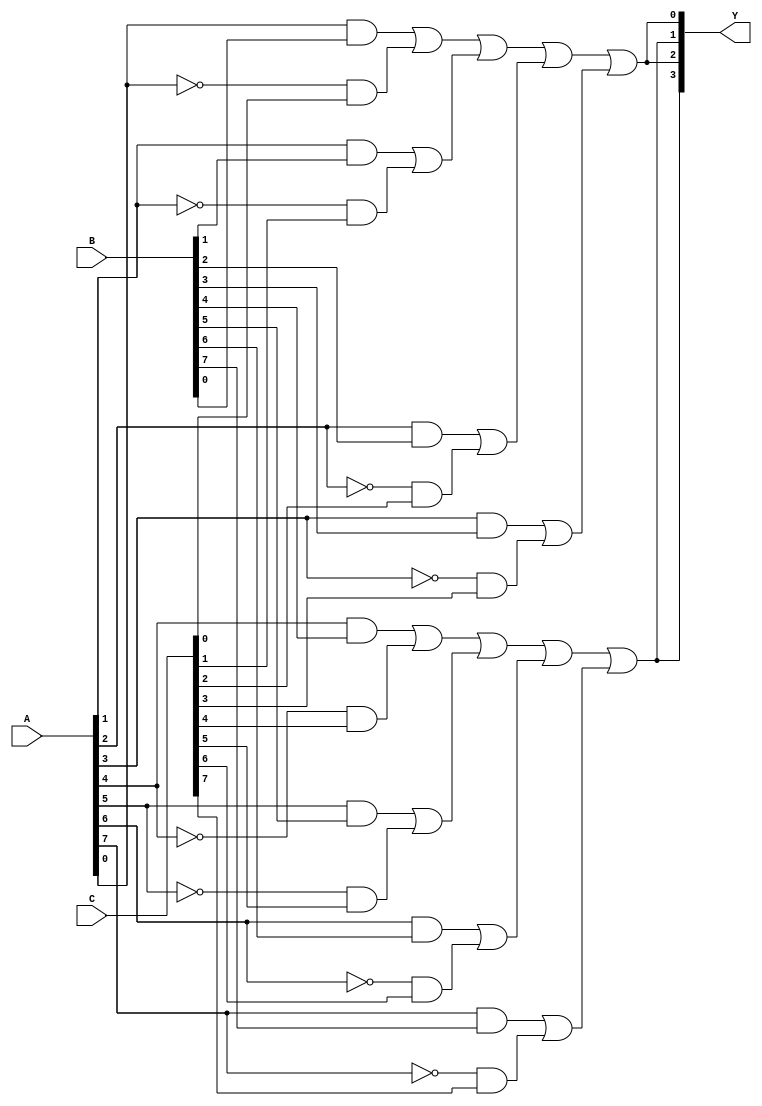
module HS_PAL (
    input wire [N-1:0] A,      // Inputs (A, B, C, ...)
    input wire [N-1:0] B,      // More inputs
    input wire [N-1:0] C,      // Additional inputs
    // Add more inputs as needed
    output wire [M-1:0] Y      // Outputs (Y1, Y2, ...)
);

// Parameter Definitions
parameter N = 8; // Number of inputs
parameter M = 4; // Number of outputs
parameter AND_GATES = 16; // Number of programmable AND gates
parameter OR_GATES = 4; // Number of fixed OR gates

// Internal signals for programmable AND gates
wire [AND_GATES-1:0] and_out; // Outputs from AND gates

// Programmable AND Array
// Each AND gate can be programmed to connect specific inputs
// For simplicity, this example uses direct connections.
// In a real implementation, these would be controlled by fuse settings.
genvar i;
generate
    for (i = 0; i < AND_GATES; i = i + 1) begin : and_array
        // Example of how to configure connections
        assign and_out[i] = (/* your programmable logic here, e.g. */ 
            (A[i % N] & B[i % N]) | // Example connection
            (~A[i % N] & C[i % N]) // Example connection
            ); 
    end
endgenerate

// Fixed OR Array
// Combine outputs from AND gates to generate final outputs
assign Y[0] = or_gate(and_out[0], and_out[1], and_out[2], and_out[3]);
assign Y[1] = or_gate(and_out[4], and_out[5], and_out[6], and_out[7]);
assign Y[2] = or_gate(and_out[8], and_out[9], and_out[10], and_out[11]);
assign Y[3] = or_gate(and_out[12], and_out[13], and_out[14], and_out[15]);

// OR gate implementation
function or_gate;
    input wire a, b, c, d;
    begin
        or_gate = a | b | c | d;
    end
endfunction

endmodule